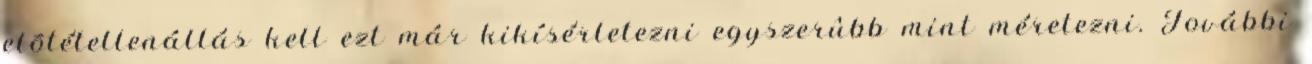
elõtétellenállás kell ezt már kikísérletezni egyszerûbb mint méretezni. További